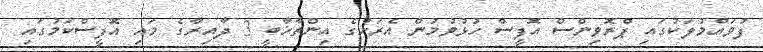
ފުވައްމުލަކުގައި ޕްރޮވިންސް އޮފީސް ހުޅުވުމުން އެރަށުގެ އިންތާޚާބީ 3 ދާއިރާގެ މައި އޮފީސްކަމުގައި